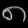
Digit: ၈